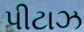
પીટાઝ